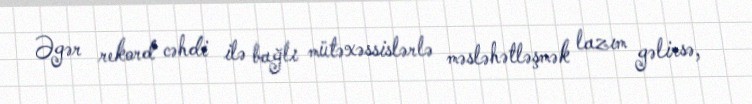
Əgər rekord cəhdi ilə bağlı mütəxəssislərlə məsləhətləşmək lazım gəlirsə,